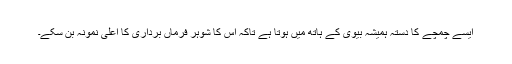
ایسے چمچے کا دستہ ہمیشہ بیوی کے ہاتھ میں ہوتا ہے تاکہ اُس کا شوہر فرماں برداری کا اعلیٰ نمونہ بن سکے۔